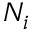
N _ { i }